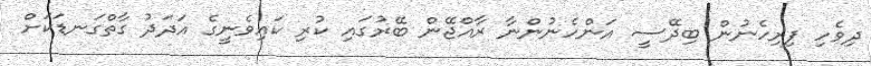
ދިވެހި ފިރިހެނުން ބިދޭސީ އަންހެނުންނާ ރާއްޖޭން ބޭރުގައި ކުރި ކައިވެނީގެ އަދަދު ގާތްގަނޑަކަށް